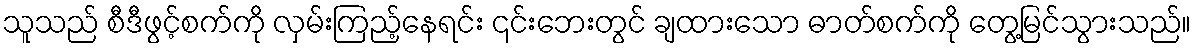
သူသည် စီဒီဖွင့်စက်ကို လှမ်းကြည့်နေရင်း ၎င်းဘေးတွင် ချထားသော ဓာတ်စက်ကို တွေ့မြင်သွားသည်။